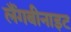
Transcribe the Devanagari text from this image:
लैंगबीनाइट